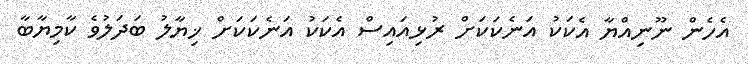
އެހެން ނޫނިއްޔާ އެކަކު އަނެކަކަށް ރުޅިއައިސް އެކަކު އަނެކަކަށް ޚިޔާލު ބަދަލުވެ ކާމިޔާބާ